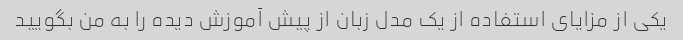
یکی از مزایای استفاده از یک مدل زبان از پیش آموزش دیده را به من بگویید